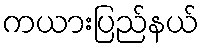
ကယားပြည်နယ်